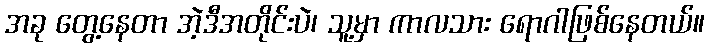
အခု တွေ့နေတာ အဲ့ဒီအတိုင်းပဲ၊ သူ့မှာ ကာလသား ရောဂါဖြစ်နေတယ်။